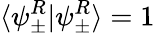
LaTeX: \langle\psi_{\pm}^{R}|\psi_{\pm}^{R}\rangle=1